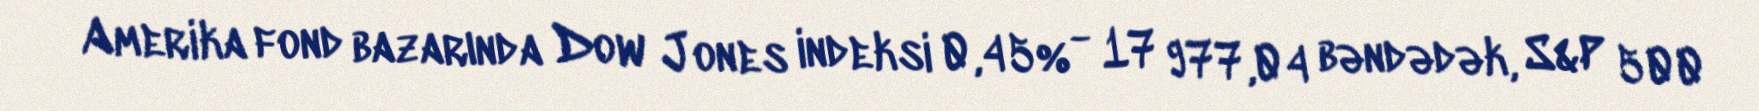
Amerika fond bazarında Dow Jones indeksi 0,45% - 17 977,04 bəndədək, S&P 500